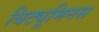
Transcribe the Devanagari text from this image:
बिट्यूमिनस